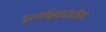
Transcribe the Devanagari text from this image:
प्रात्यक्षिकांसहित